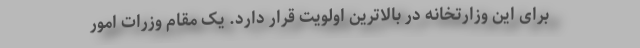
برای این وزارتخانه در بالاترین اولویت قرار دارد. یک مقام وزرات امور